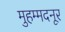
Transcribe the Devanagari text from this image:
मुहम्मदनूर